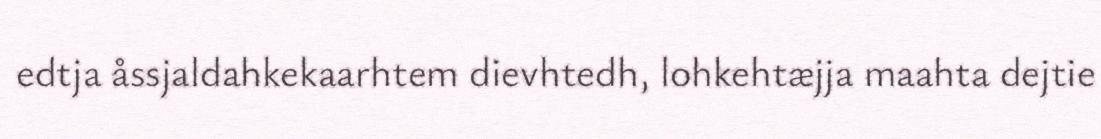
edtja åssjaldahkekaarhtem dievhtedh, lohkehtæjja maahta dejtie